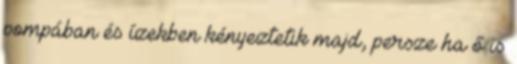
pompában és ízekben kényeztetik majd, persze ha ő is